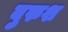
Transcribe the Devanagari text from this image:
वुरुश